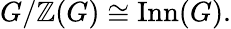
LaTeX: G/\mathbb{Z}(G)\cong\operatorname{Inn}(G).